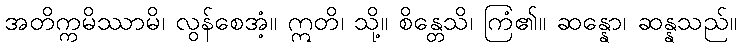
အတိက္ကမိဿာမိ၊ လွန်စေအံ့။ ဣတိ၊ သို့။ စိန္တေသိ၊ ကြံ၏။ ဆန္နော၊ ဆန္နသည်။